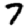
Digit: 7